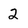
Character: 2